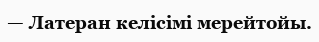
— Латеран келісімі мерейтойы.